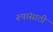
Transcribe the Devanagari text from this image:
रूपांसाठी